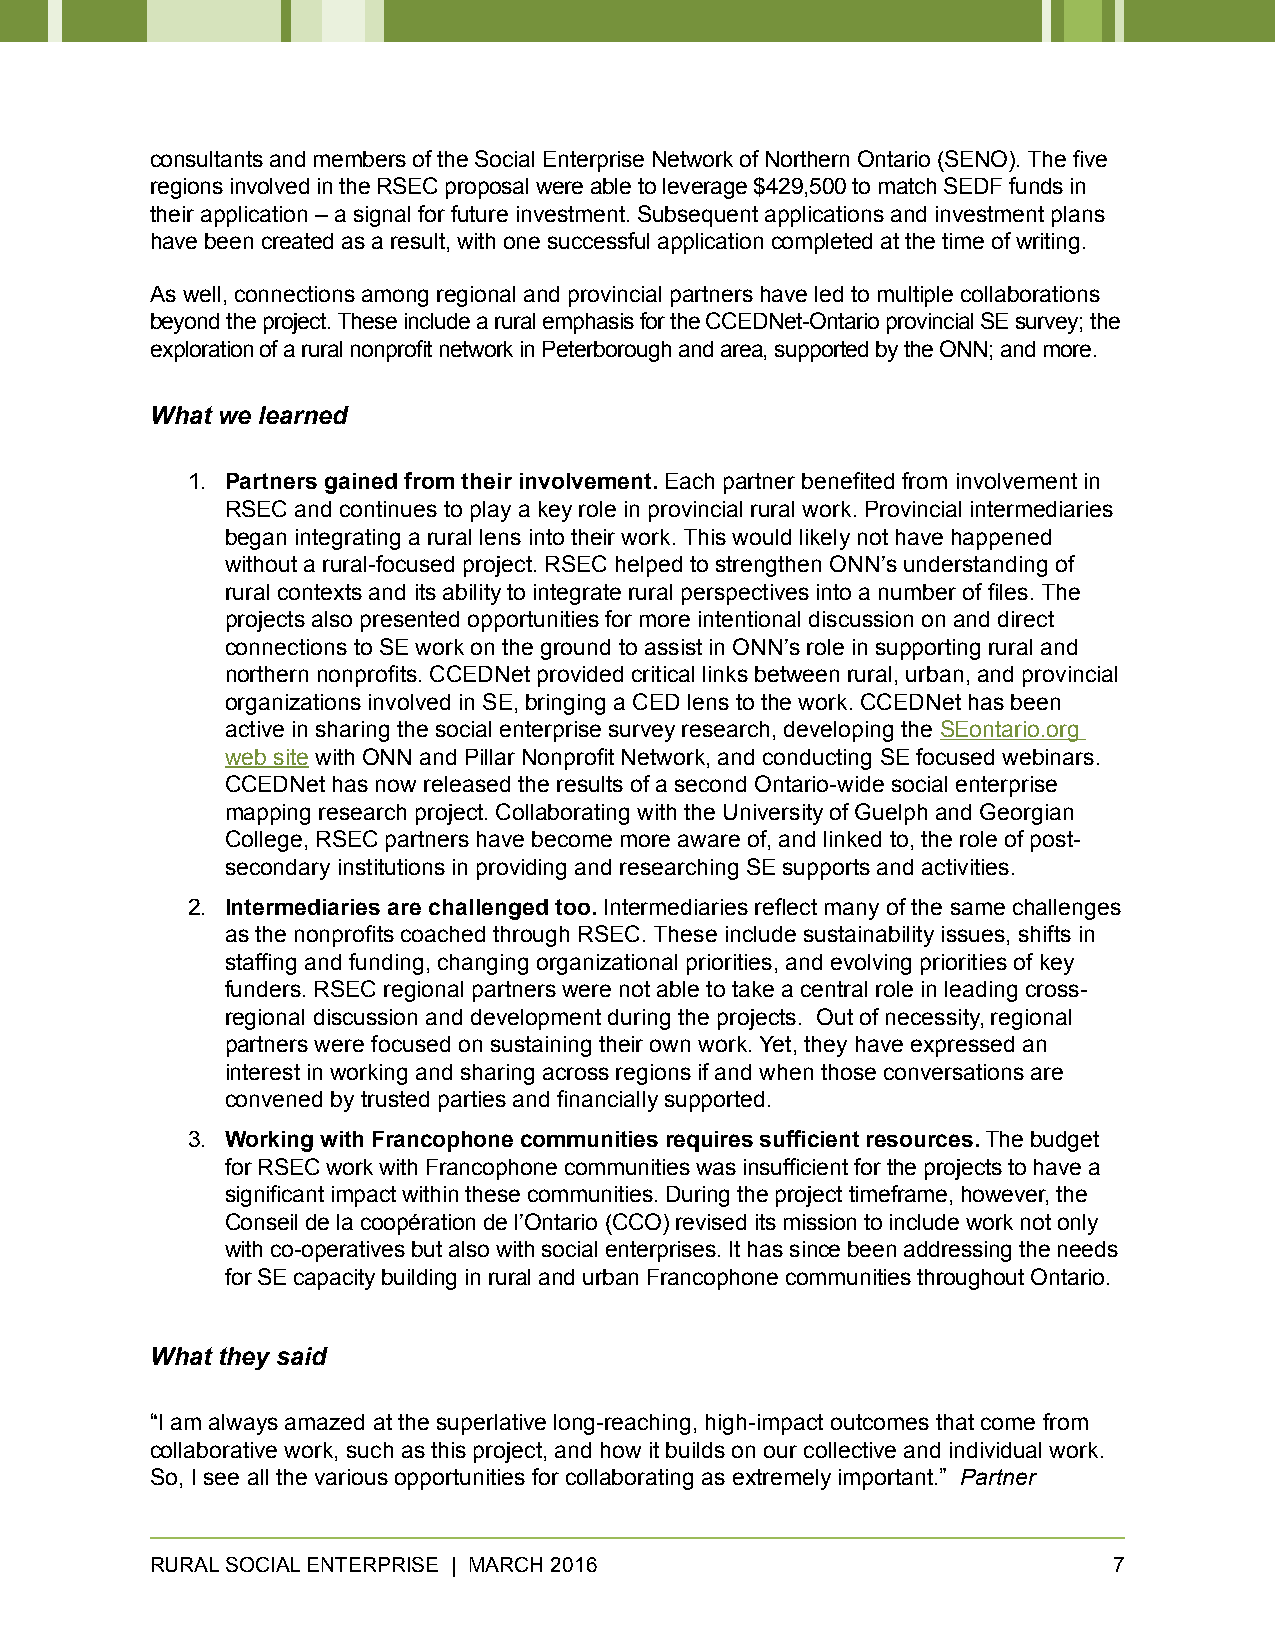
consultants and members of the Social Enterprise Network of Northern Ontario (SENO). The five
 regions involved in the RSEC proposal were able to leverage $429,500 to match SEDF funds in
 their application – a signal for future investment. Subsequent applications and investment plans
 have been created as a result, with one successful application completed at the time of writing.
 As well, connections among regional and provincial partners have led to multiple collaborations
 beyond the project. These include a rural emphasis for the CCEDNet-Ontario provincial SE survey; the
 exploration of a rural nonprofit network in Peterborough and area, supported by the ONN; and more.
 What we learned
 1. Partners gained from their involvement. Each partner benefited from involvement in
 RSEC and continues to play a key role in provincial rural work. Provincial intermediaries
 began integrating a rural lens into their work. This would likely not have happened
 without a rural-focused project. RSEC helped to strengthen ONN’s understanding of
 rural contexts and its ability to integrate rural perspectives into a number of files. The
 projects also presented opportunities for more intentional discussion on and direct
 connections to SE work on the ground to assist in ONN’s role in supporting rural and
 northern nonprofits. CCEDNet provided critical links between rural, urban, and provincial
 organizations involved in SE, bringing a CED lens to the work. CCEDNet has been
 active in sharing the social enterprise survey research, developing the SEontario.org
 web site with ONN and Pillar Nonprofit Network, and conducting SE focused webinars.
 CCEDNet has now released the results of a second Ontario-wide social enterprise
 mapping research project. Collaborating with the University of Guelph and Georgian
 College, RSEC partners have become more aware of, and linked to, the role of post-
 secondary institutions in providing and researching SE supports and activities.
 2. Intermediaries are challenged too. Intermediaries reflect many of the same challenges
 as the nonprofits coached through RSEC. These include sustainability issues, shifts in
 staffing and funding, changing organizational priorities, and evolving priorities of key
 funders. RSEC regional partners were not able to take a central role in leading cross-
 regional discussion and development during the projects. Out of necessity, regional
 partners were focused on sustaining their own work. Yet, they have expressed an
 interest in working and sharing across regions if and when those conversations are
 convened by trusted parties and financially supported.
 3. Working with Francophone communities requires sufficient resources. The budget
 for RSEC work with Francophone communities was insufficient for the projects to have a
 significant impact within these communities. During the project timeframe, however, the
 Conseil de la coopération de l’Ontario (CCO) revised its mission to include work not only
 with co-operatives but also with social enterprises. It has since been addressing the needs
 for SE capacity building in rural and urban Francophone communities throughout Ontario.
 What they said
 “I am always amazed at the superlative long-reaching, high-impact outcomes that come from
 collaborative work, such as this project, and how it builds on our collective and individual work.
 So, I see all the various opportunities for collaborating as extremely important.” Partner
 RURAL SOCIAL ENTERPRISE | MARCH 2016                            7